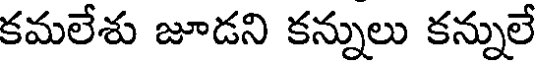
కమలేశు జూడని కన్నులు కన్నులే